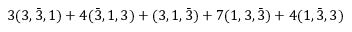
3 ( 3 , \bar { 3 } , 1 ) + 4 ( \bar { 3 } , 1 , 3 ) + ( 3 , 1 , \bar { 3 } ) + 7 ( 1 , 3 , \bar { 3 } ) + 4 ( 1 , \bar { 3 } , 3 )